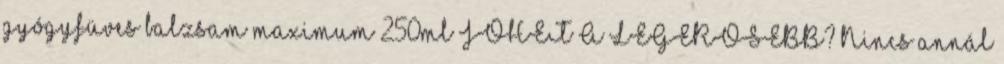
gyógyfüves balzsam maximum 250ml JÖHET A LEGERŐSEBB? Nincs annál